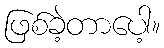
ဖြစ်ခဲ့တာပေါ့။